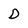
Character: D